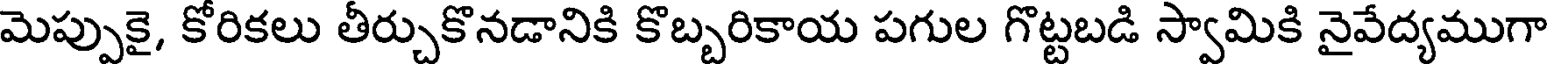
మెప్పుకై, కోరికలు తీర్చుకొనడానికి కొబ్బరికాయ పగుల గొట్టబడి స్వామికి నైవేద్యముగా